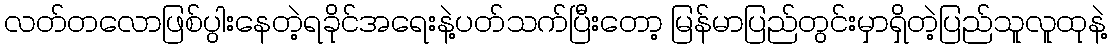
လတ်တလောဖြစ်ပွါးနေတဲ့ရခိုင်အရေးနဲ့ပတ်သက်ပြီးတော့ မြန်မာပြည်တွင်းမှာရှိတဲ့ပြည်သူလူထုနဲ့